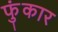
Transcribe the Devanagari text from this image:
फुंकार